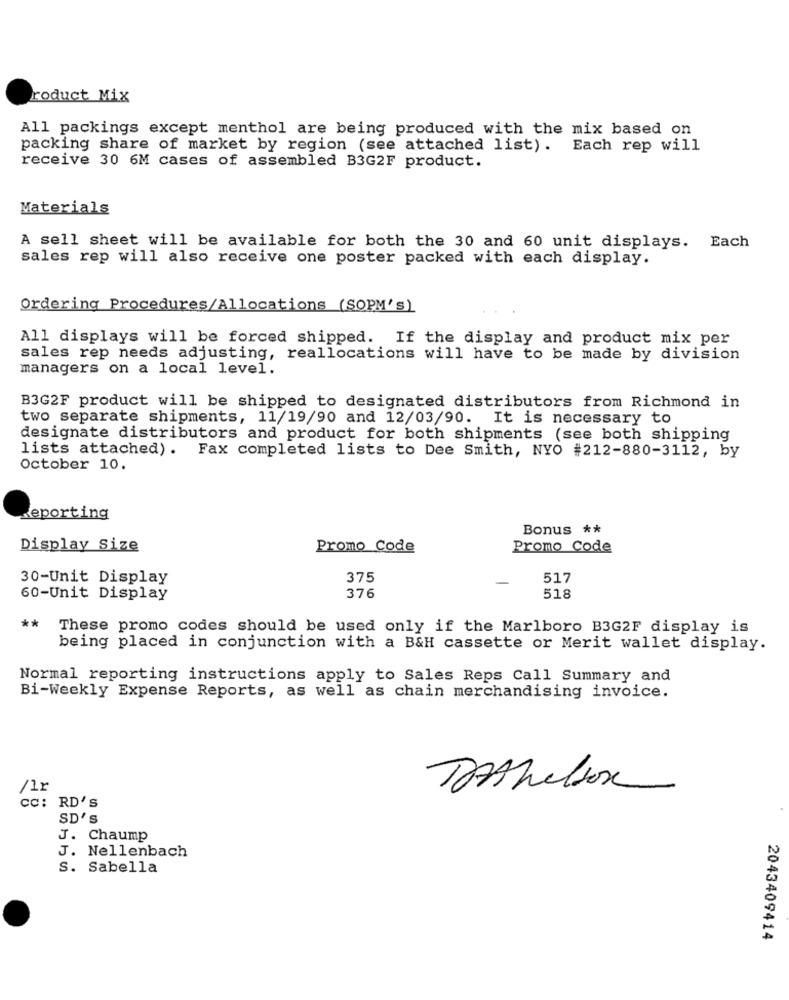
roduct Mix
All packings except menthol are being produced with the mix based on
packing share of market by region (see attached list). Each rep will
receive 30 6M cases of assembled B3G2F product.
Materials
A sell sheet will be available for both the 30 and 60 unit displays. Each
sales rep will also receive one poster packed with each display.
Ordering Procedures/Allocations (SOPM's)
All displays will be forced shipped. If the display and product mix per
sales rep needs adjusting, reallocations will have to be made by division
managers on a local level.
B3G2F product will be shipped to designated distributors from Richmond in
two separate shipments, 11/19/90 and 12/03/90. It is necessary to
designate distributors and product for both shipments (see both shipping
lists attached). Fax completed lists to Dee Smith, NYO #212-880-3112, by
October 10.
Reporting
Bonus **
Display Size
Promo Code
Promo Code
30-Unit Display
375
517
60-Unit Display
376
518
**
These promo codes should be used only if the Marlboro B3G2F display is
being placed in conjunction with a B&H cassette or Merit wallet display.
Normal reporting instructions apply to Sales Reps Call Summary and
Bi-Weekly Expense Reports, as well as chain merchandising invoice.
/1r
Tothelson
cc: RD'S
SD'S
J. Chaump
J. Nellenbach
S. Sabella
2043409414